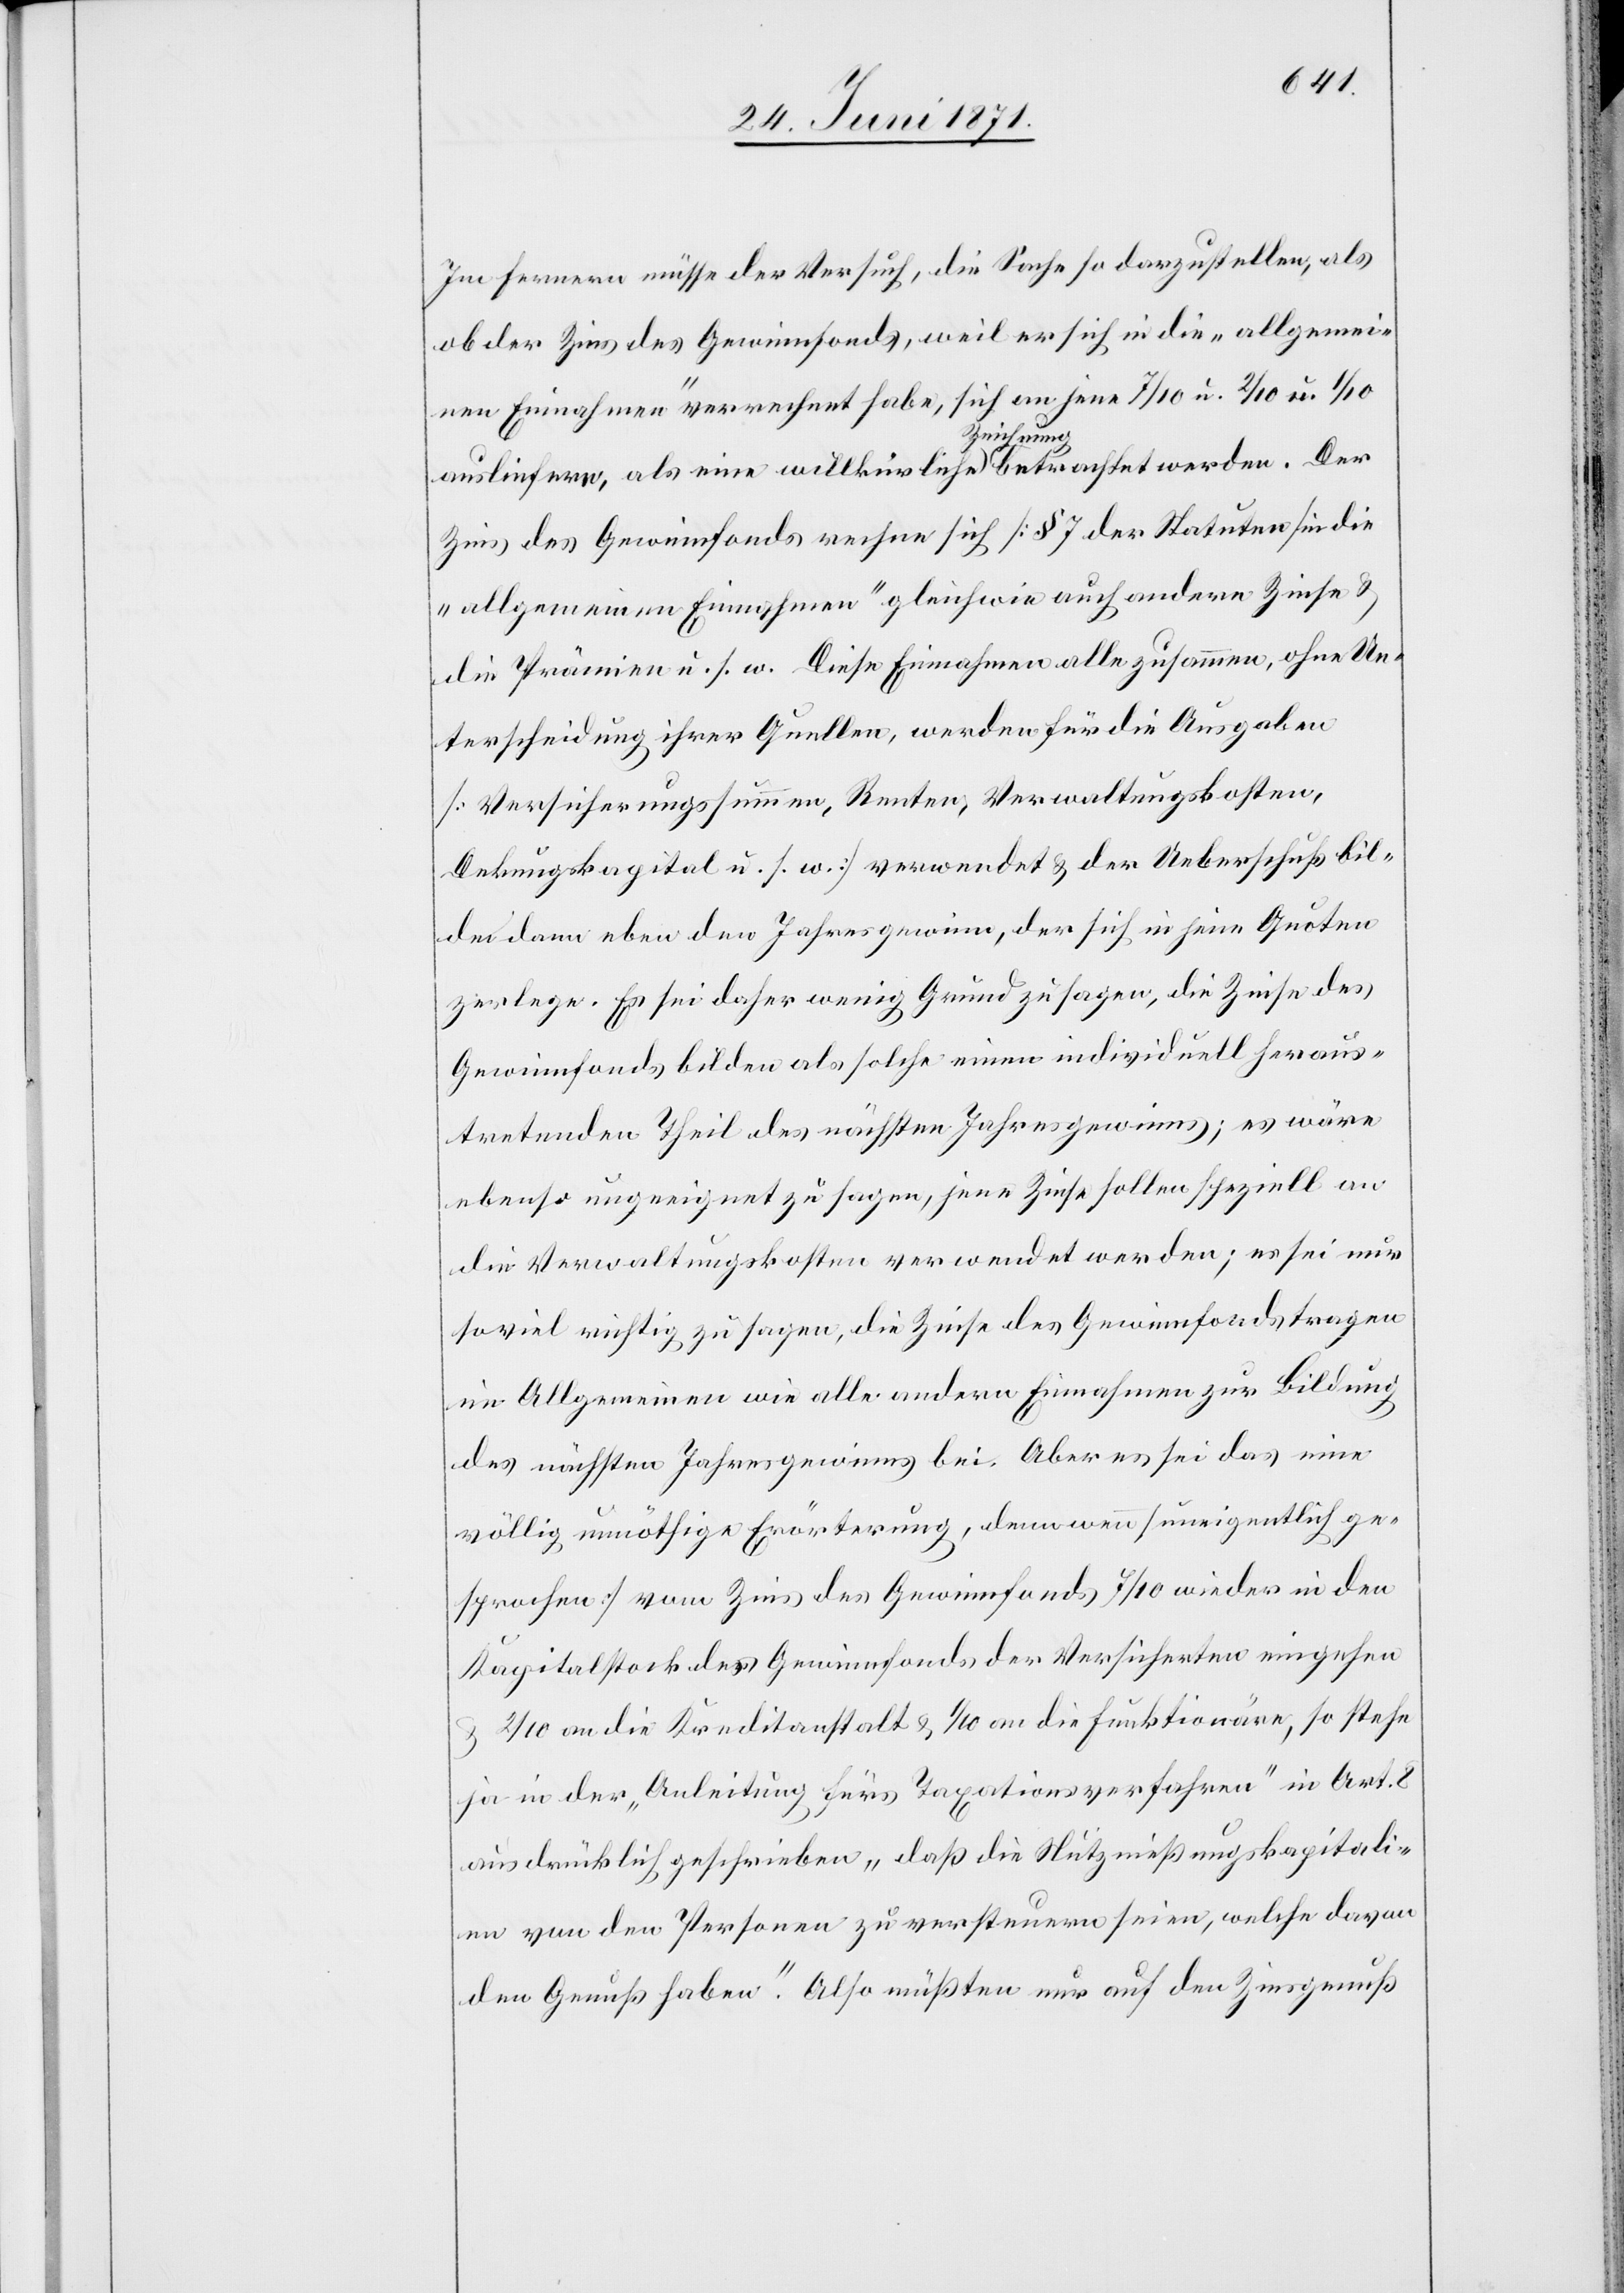
Im Fernern müsse der Versuch, die Sache so darzustellen, als
ob der Zins des Gewinnfonds, weil er sich in die „allgemei¬
nen Einnahmen“ verrechnet habe, sich an jene 7/10 u. 2/10 u. 1/10
ausliefern, als eine willkürliche Zeichnung betrachtet werden. Der
Zins des Gewinnfonds rechne sich [§ 7 der Statuten] in die
„allgemeinen Einnahmen“ gleichwie auch andere Zinse u.
die Prämien u. s. w. Diese Einnahmen alle zusammen, ohne Un¬
terscheidung ihrer Quellen, werden für die Ausgaben
[Versicherungssummen, Renten, Verwaltungskosten,
Dekungskapital u. s. w.] verwendet u. der Ueberschuß bil¬
de dann eben den Jahresgewinn, der sich in seine Quoten
zerlege. Es sei daher wenig Grund zu sagen, die Zinse des
Gewinnfonds bilden als solche einen individuell heraus¬
tretenden Theil des nächsten Jahresgewinns; es wäre
ebenso ungeeignet zu sagen, jene Zinse sollen speziell an
die Verwaltungskosten verwendet werden; es sei nur
soviel richtig zu sagen, die Zinse des Gewinnfonds tragen
im Allgemeinen wie alle andern Einnahmen zur Bildung
des nächsten Jahresgewinns bei. Aber es sei das eine
völlig unnöthige Erörterung, denn wenn [uneigentlich ge¬
sprochen] vom Zins des Gewinnfonds 7/10 wieder in den
Kapitalstock des Gewinnfonds der Versicherten eingehen
u. 2/10 an die Kreditanstalt u. 1/10 an die Funktionäre, so stehe
ja in der „Anleitung fürs Taxationsverfahren“ in Art. 8
ausdrücklich geschrieben „daß die Nutznießungskapitali¬
en von den Personen zu versteuern seien, welche davon
den Genuß haben“. Also müßten nur auf den Zinsgenuß